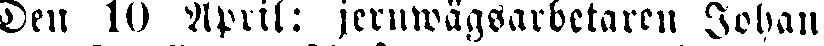
Den 10 April: jernwägsarbetaren Johan